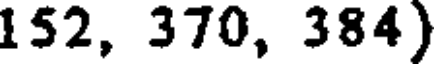
152, 370, 384)